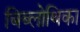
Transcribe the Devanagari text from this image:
बिब्लोथिका